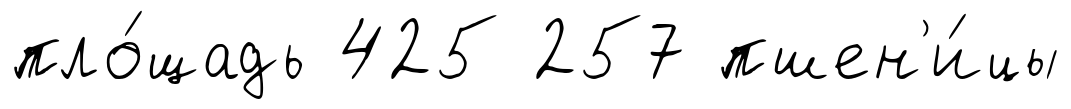
пло́щадь 425 257 пшен'и́цы